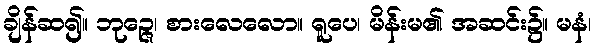
ချိန်ဆ၍။ ဘုဉ္ဇေ၊ စားလေလော။ ရူပေ၊ မိန်းမ၏ အဆင်း၌။ မနံ၊